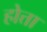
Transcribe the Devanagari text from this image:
होत्ता